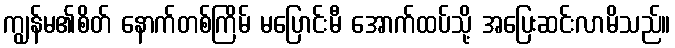
ကျွန်မ၏စိတ် နောက်တစ်ကြိမ် မပြောင်းမီ အောက်ထပ်သို့ အပြေးဆင်းလာမိသည်။